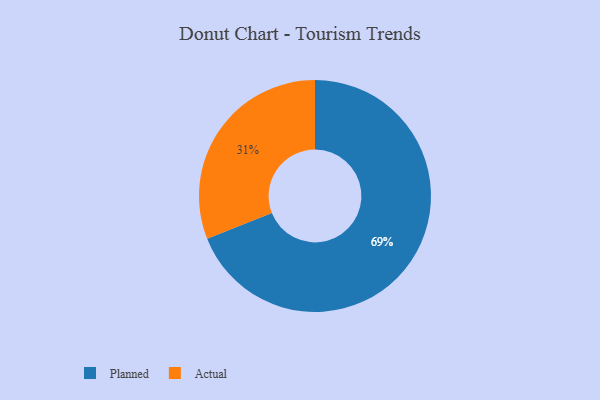
{"axis": {"x": "Category", "y": "Percentage"}, "legend": ["Actual", "Planned"], "data": [{"x": "Actual", "y": 31, "type": "Actual"}, {"x": "Planned", "y": 69, "type": "Planned"}]}